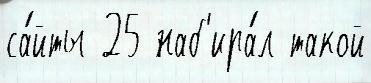
са́йты 25 наб'ира́л такой